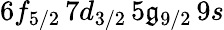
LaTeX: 6f_{5/2}\, 7d_{3/2}\, 5\mathfrak{g}_{9/2}\, 9s